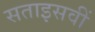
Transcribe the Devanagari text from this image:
सताइसवीं